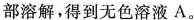
部溶解，得到无色溶液A。